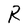
Character: R